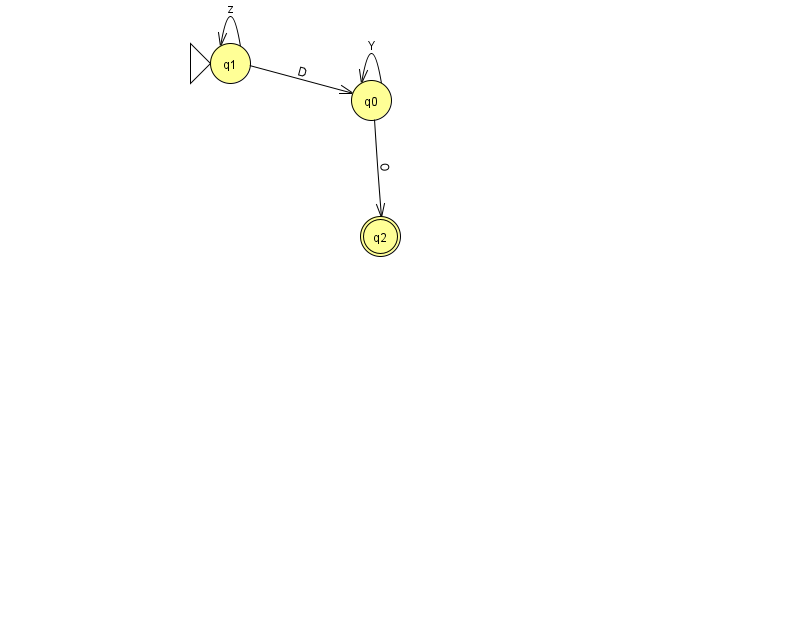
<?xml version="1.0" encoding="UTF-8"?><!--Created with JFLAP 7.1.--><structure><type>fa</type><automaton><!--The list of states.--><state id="0" name="q0"><x>371.0</x><y>87.0</y></state><state id="1" name="q1"><x>230.0</x><y>50.0</y><initial/></state><state id="2" name="q2"><x>380.0</x><y>223.0</y><final/></state><!--The list of transitions.--><transition><from>1</from><to>0</to><read>D</read></transition><transition><from>0</from><to>2</to><read>O</read></transition><transition><from>0</from><to>0</to><read>Y</read></transition><transition><from>1</from><to>1</to><read>z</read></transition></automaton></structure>